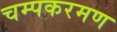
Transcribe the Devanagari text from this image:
चम्पकरमण